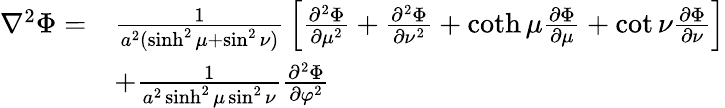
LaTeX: {\begin{array}{rl}{\nabla^{2}\Phi=}&{{\frac{1}{a^{2}(\sinh^{2}\mu+\sin^{2}\nu)}}\left[{\frac{\partial^{2}\Phi}{\partial\mu^{2}}}+{\frac{\partial^{2}\Phi}{\partial\nu^{2}}}+\coth\mu{\frac{\partial\Phi}{\partial\mu}}+\cot\nu{\frac{\partial\Phi}{\partial\nu}}\right]}\\ &{+{\frac{1}{a^{2}\sinh^{2}\mu\sin^{2}\nu}}{\frac{\partial^{2}\Phi}{\partial\varphi^{2}}}}\end{array}}